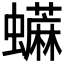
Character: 𧔕